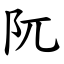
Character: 阢